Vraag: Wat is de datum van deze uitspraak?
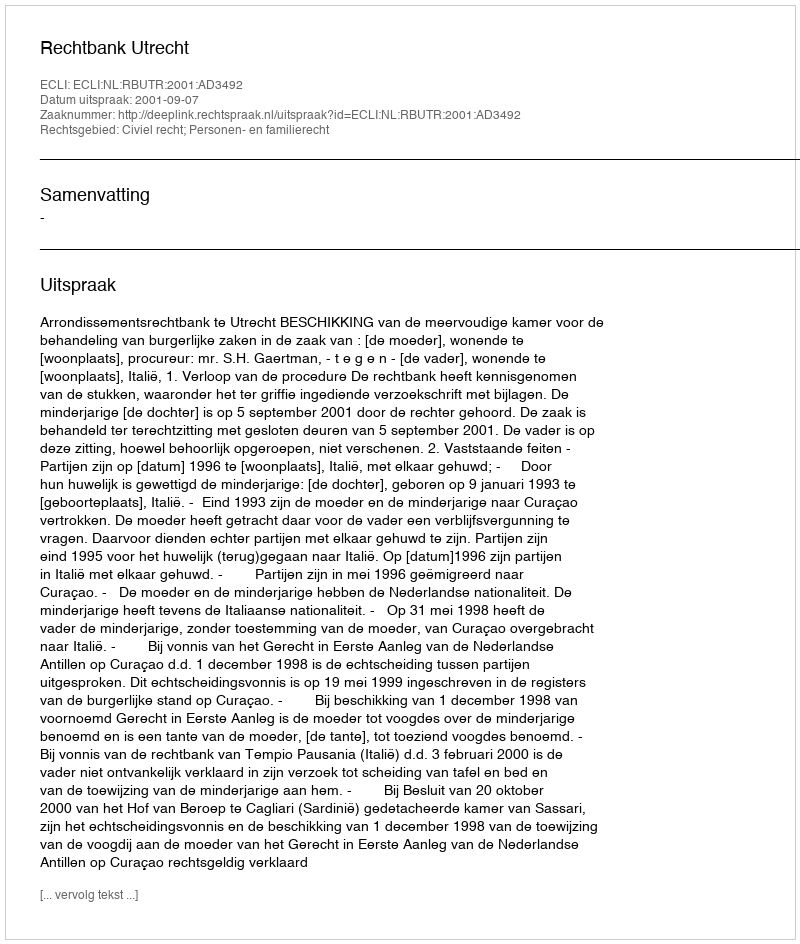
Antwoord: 2001-09-07